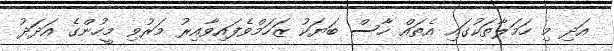
އަދި މި ހަމަލާތަކުގައި އެތައް ހާސް ބަޔަކު ޒަހަމްވެފައިވާއިރު މަރުވި މީހުންގެ އަދަދު